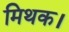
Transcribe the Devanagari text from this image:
मिथक।